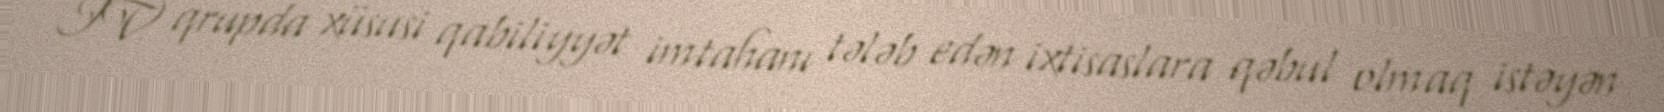
IV qrupda xüsusi qabiliyyət imtahanı tələb edən ixtisaslara qəbul olmaq istəyən